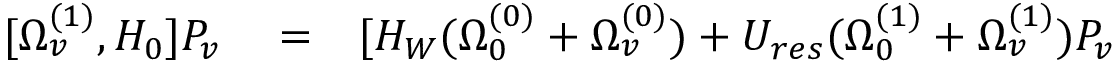
\begin{array} { r l r } { [ \Omega _ { v } ^ { ( 1 ) } , H _ { 0 } ] P _ { v } } & { { } = } & { [ H _ { W } ( \Omega _ { 0 } ^ { ( 0 ) } + \Omega _ { v } ^ { ( 0 ) } ) + U _ { r e s } ( \Omega _ { 0 } ^ { ( 1 ) } + \Omega _ { v } ^ { ( 1 ) } ) P _ { v } } \end{array}